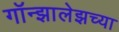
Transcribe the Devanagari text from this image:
गॉन्झालेझच्या